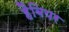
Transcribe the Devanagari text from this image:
हैबियर